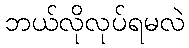
ဘယ်လိုလုပ်ရမလဲ